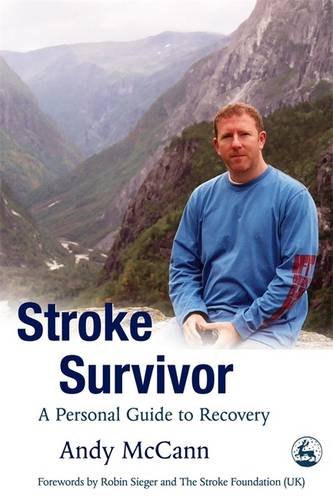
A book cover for Stroke Survivor: A Personal Guide to Coping and Recovery; Andy Mccann; Health, Fitness & Dieting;